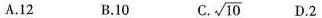
A. 12 B. 10 C. \sqrt{10} D. 2